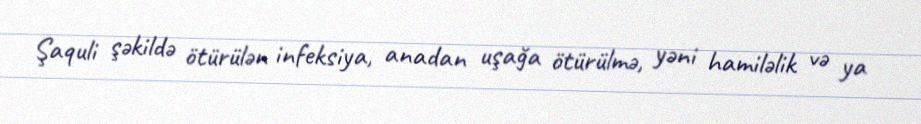
Şaquli şəkildə ötürülən infeksiya, anadan uşağa ötürülmə, yəni hamiləlik və ya